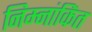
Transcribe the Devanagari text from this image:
निम्नांकिंत